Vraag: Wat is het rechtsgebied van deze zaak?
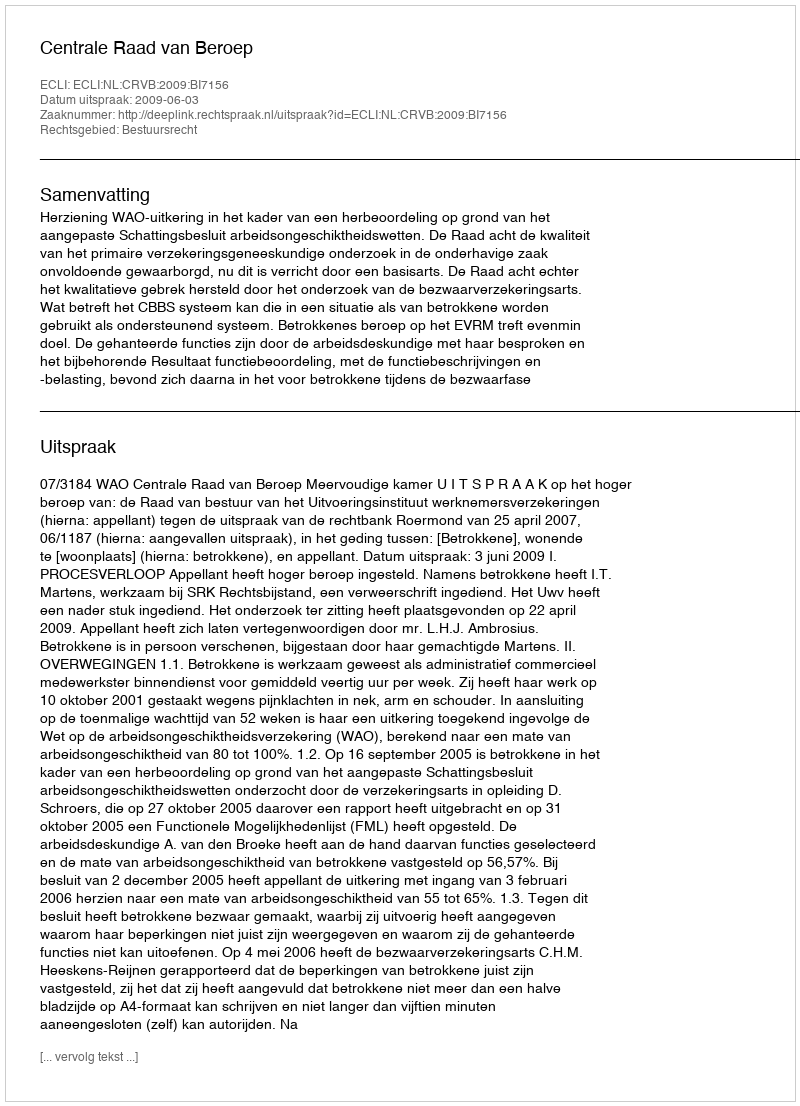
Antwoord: Bestuursrecht